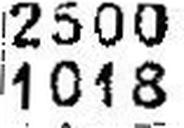
1018